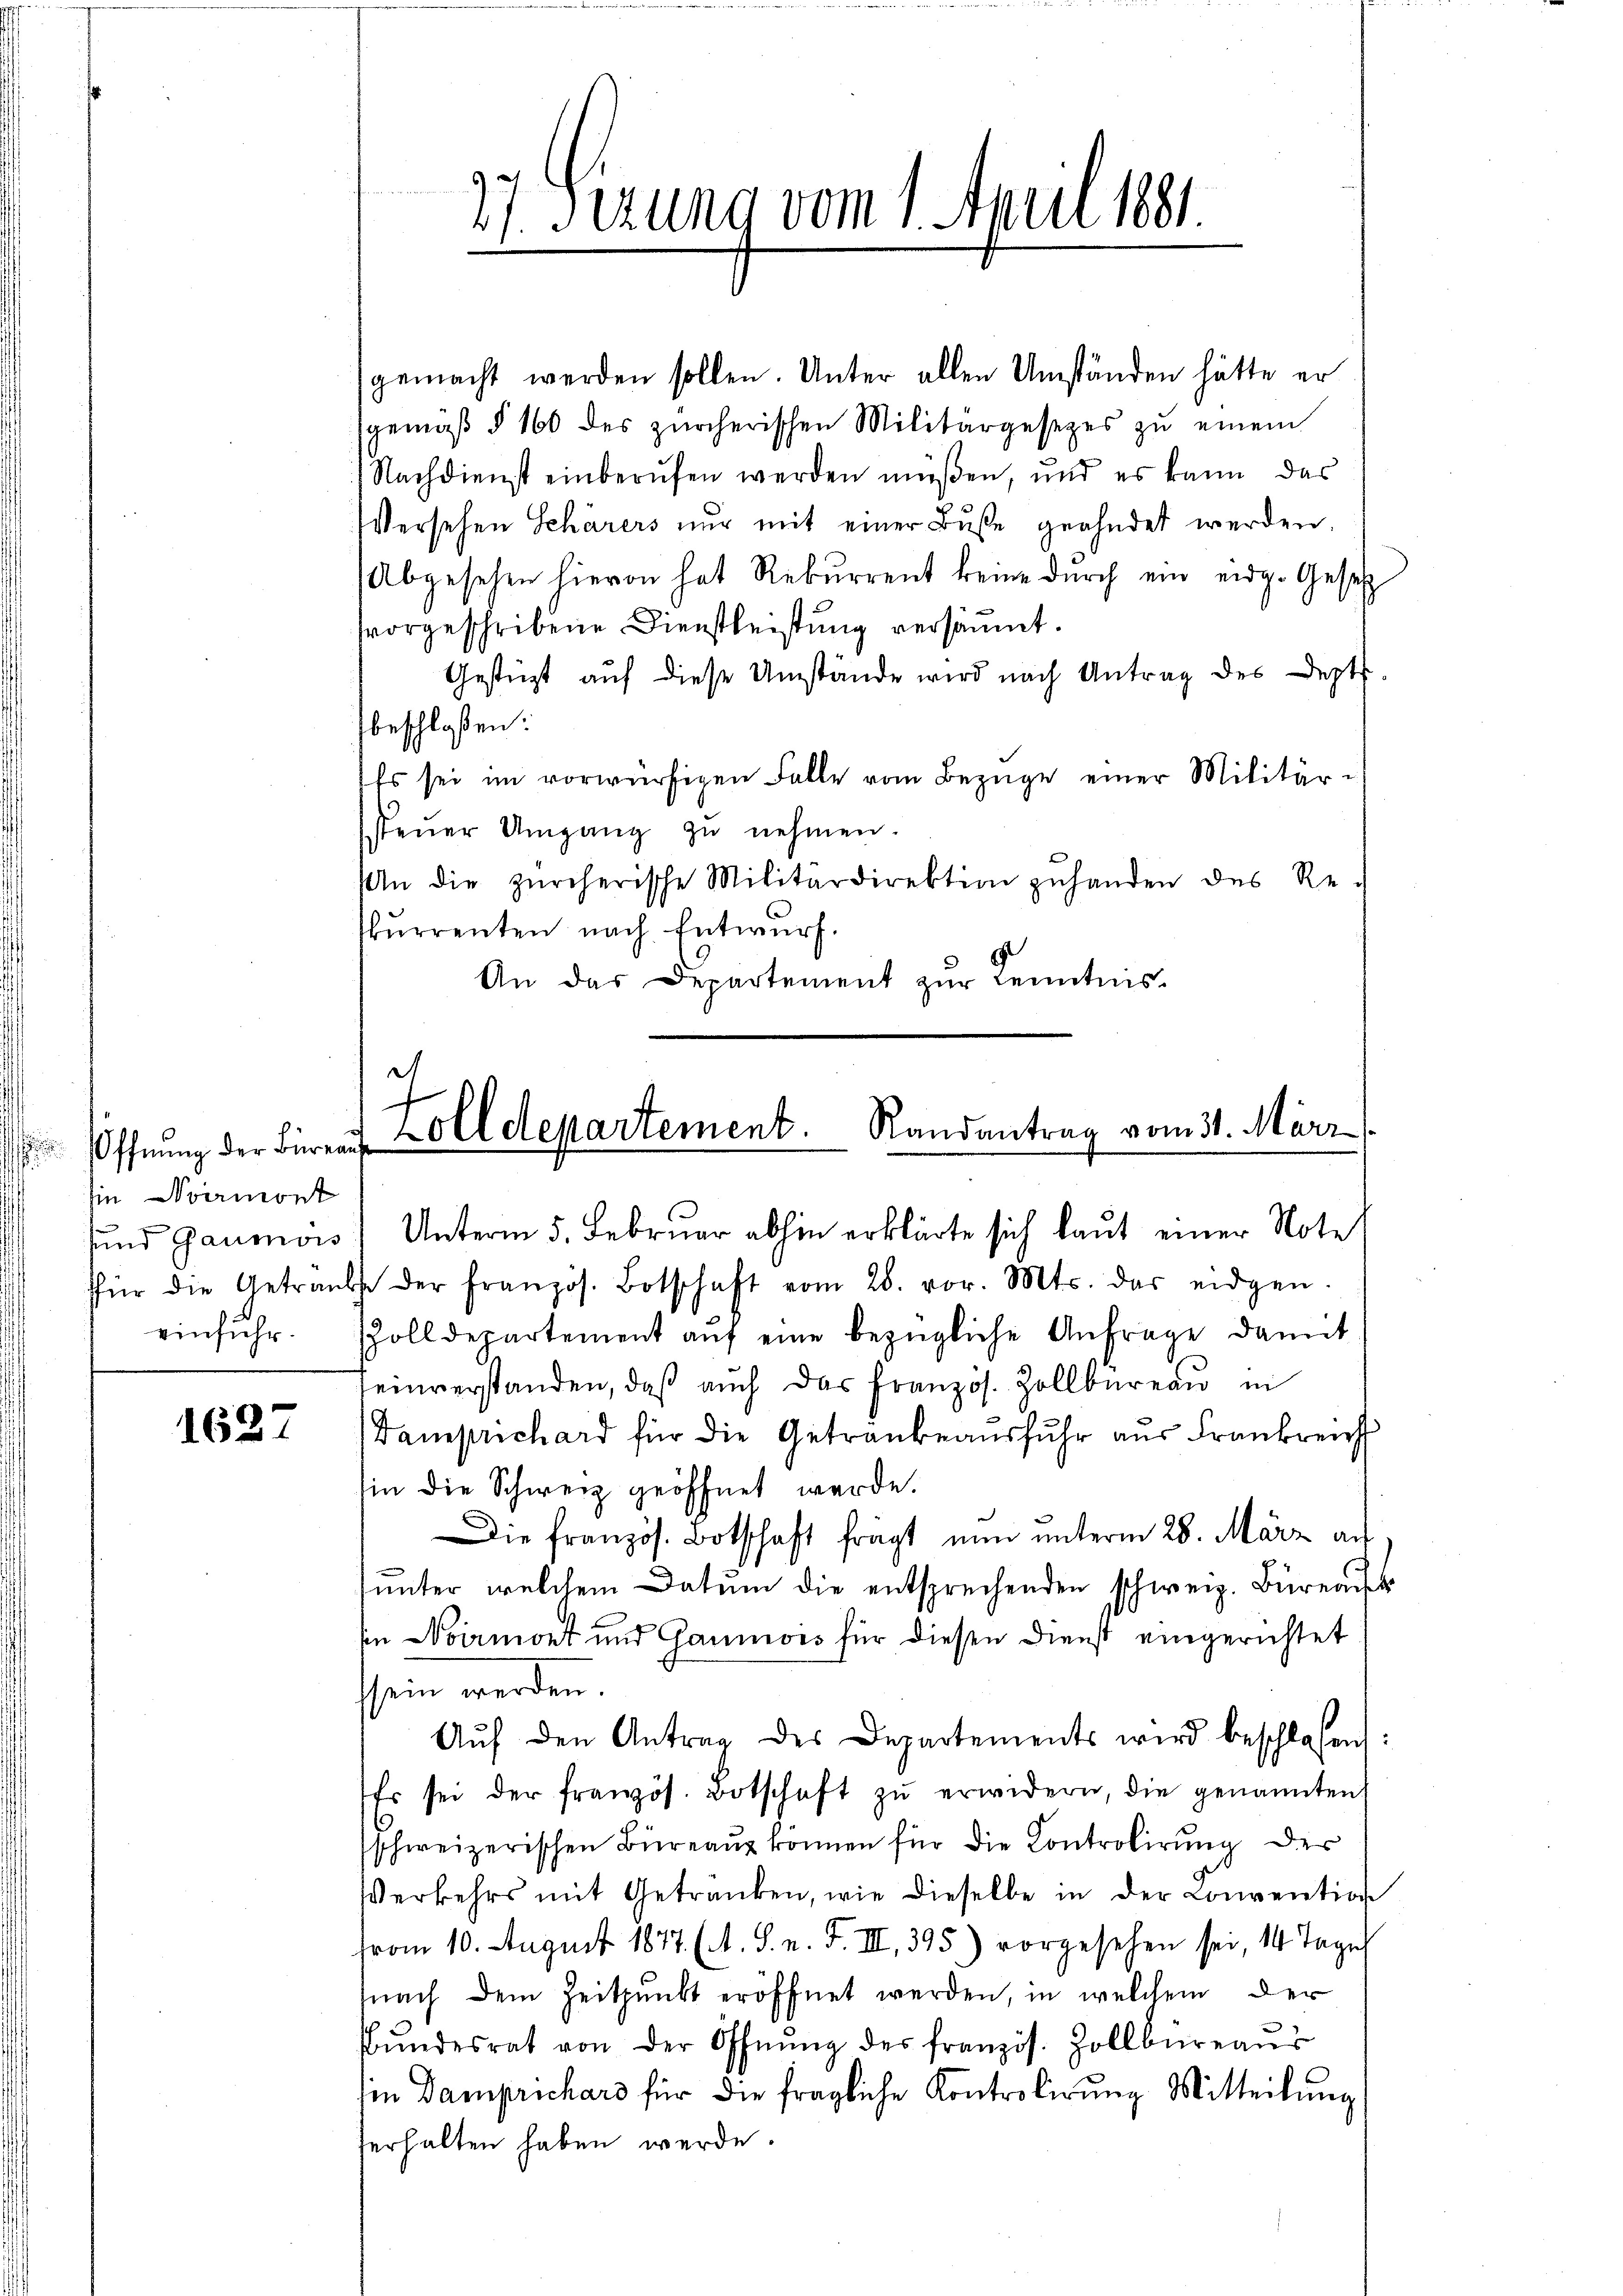
Öffnung der Büreau
hin vermont

1627

27. Sizung vom 1. April 1881.

gemacht werden sollen. Unter allen Umständen hätte er
sgemäß § 160 des zürcherischen Militärgesetzes zŭ einem
Nachdienst einberufen werden müßen, und es kann das
Versehen Schärers nur mit einer Buße geahndet werden.
Abgesehen hievon hat Rekurrent keine durch ein eidg. Gesetz
vorgeschribene Dienstleistung versäumt.
Gestüzt auf diese Umstände wird nach Antrag des Dept.
beschloßen:
Es sei im vorwürfigen Falle vom Bezüge einer Militärsteŭer Umgang zŭ nehmen.
An die zürcherische Militärdirektion zŭ handen des Re-
kurrenten nach Entwurf.
An das Departement zur Kenntnis-

e
Zolldepartement. Randantrag vom 31. März

sund Gaumois, Unterm 5. Februar abhin erklärte sich laut einer Note
ffür die Getraŭbe der französ. Botschaft vom 28. vor. Mts. das eidgen.
einfuhr. Solldepartement aŭf eine bezügliche Anfrage damit
einverstanden, daβ aŭch das französ. Zollbüreaŭ in
Tamprichard für die Getrankeaŭsfŭhr aus Frankreich
sin die Schweiz geöffnet werde.
Die französ. Botschaft frägt nun unterm 28. März au
sŭnter welchem Datum die entsprechenden schweiz. Büreau
sin vermont und Gaumois für diesen Dienst eingerichtet
stein werden.
Aŭf den Antrag des Departements wird beschlassen:
Es sei der französ. Botschaft zŭ erwidern, die genannten
sschweizerischen Büreaŭg können für die Controlirung der
Verkehrs mit Getranken, wie dieselbe in der Convention
vom 10. August 1877 (1. S. n. F. III 395) vorgesehen sei, 14 Tages
fnach dem Zeitpunkt eröffnet werden, in welchem der
Bŭndesrat von der Öffnŭng des franzis. Zollbüreaŭs
in Damprichars für die fragliche Kontrolirŭng Mitteilŭng
erhalten haben werde.